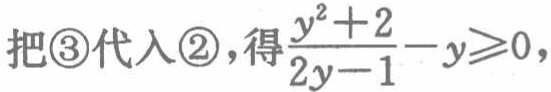
把\textcircled{3}代入\textcircled{2}，得$\frac{y^{2}+2}{2y - 1}-y\geqslant0$，